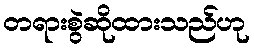
တရားစွဲဆိုထားသည်ဟု